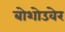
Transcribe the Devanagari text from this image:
बोशोउवेर